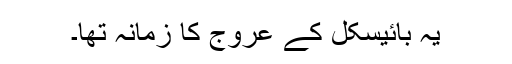
یہ بائیسکل کے عروج کا زمانہ تھا۔